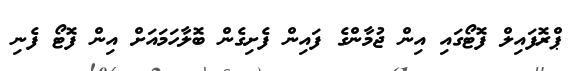
ޕްރޮފައިލް ފޮޓޯގައި އިން ޖުމާންގެ ފައިން ފެށިގެން ބޮލާހަމައަށް އިން ފޮޓޯ ފެނި